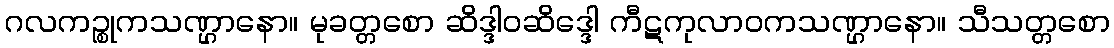
ဂလကဉ္စုကသဏ္ဌာနော။ မုခတ္တစော ဆိဒ္ဒါဝဆိဒ္ဒေါ ကီဋကုလာဝကသဏ္ဌာနော။ သီသတ္တစော